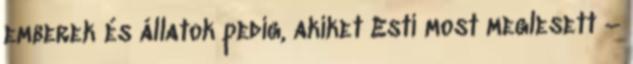
emberek és állatok pedig, akiket Esti most meglesett –